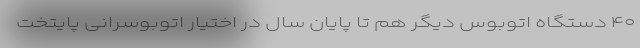
۴۰ دستگاه اتوبوس دیگر هم تا پایان سال در اختیار اتوبوسرانی پایتخت